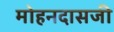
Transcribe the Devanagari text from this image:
मोहनदासजी